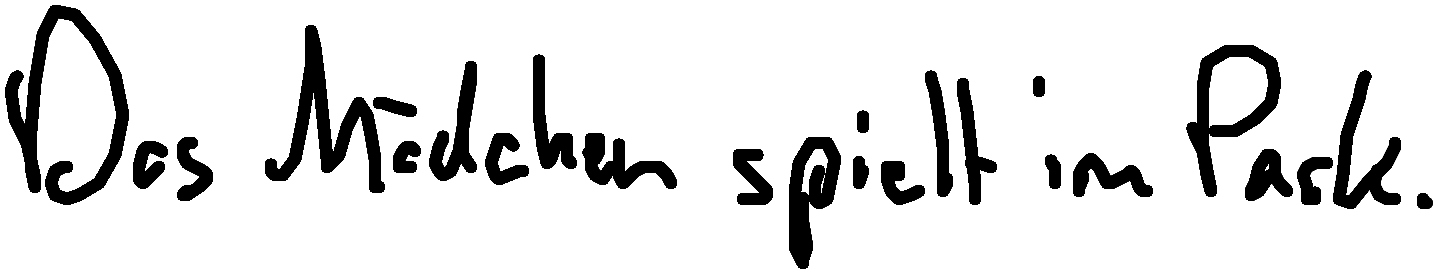
Das Mädchen spielt im Park.